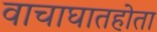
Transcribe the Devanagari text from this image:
वाचाघातहोता